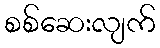
စစ်ဆေးလျက်